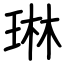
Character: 琳